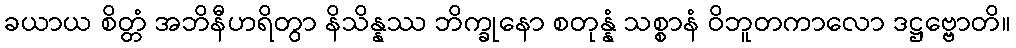
ခယာယ စိတ္တံ အဘိနီဟရိတွာ နိသိန္နဿ ဘိက္ခုနော စတုန္နံ သစ္စာနံ ဝိဘူတကာလော ဒဋ္ဌဗ္ဗောတိ။